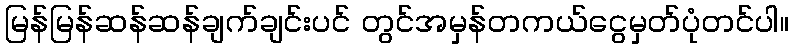
မြန်မြန်ဆန်ဆန်ချက်ချင်းပင် တွင်အမှန်တကယ်ငွေမှတ်ပုံတင်ပါ။